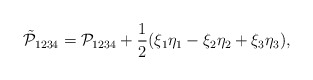
\begin{align*}\tilde{\mathcal P}_{1234} = \mathcal P_{1234} + \frac{1}{2}(\xi_1\eta_1 - \xi_2\eta_2+\xi_3\eta_3),\end{align*}